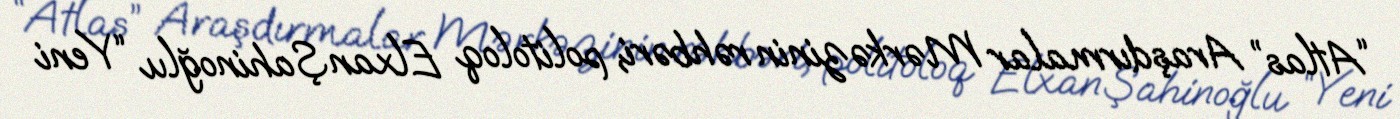
“Atlas” Araşdırmalar Mərkəzinin rəhbəri, politoloq Elxan Şahinoğlu “Yeni